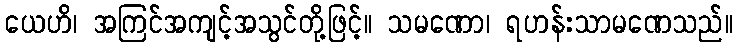
ယေဟိ၊ အကြင်အကျင့်အသွင်တို့ဖြင့်။ သမဏော၊ ရဟန်းသာမဏေသည်။